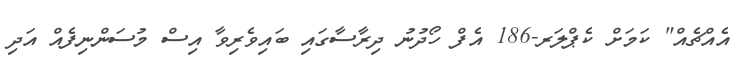
އެއްޗެއް" ކަމަށް ކެޕްލަރ-186 އެފް ހޯދުނު ދިރާސާގައި ބައިވެރިވާ އިސް މުސަންނިފެއް އަދި